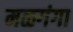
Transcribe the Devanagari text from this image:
मळगंगा